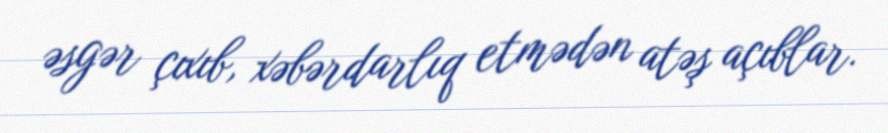
əsgər çıxıb, xəbərdarlıq etmədən atəş açıblar.